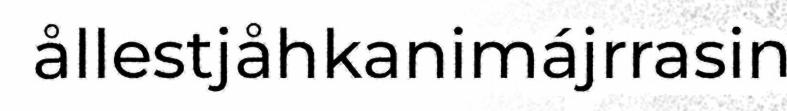
ållestjåhkanimájrrasin